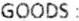
GOODS :